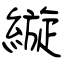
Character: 縼